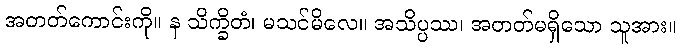
အတတ်ကောင်းကို။ န သိက္ခိတံ၊ မသင်မိလေ။ အသိပ္ပဿ၊ အတတ်မရှိသော သူအား။